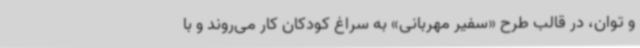
و توان، در قالب طرح «سفیر مهربانی» به سراغ کودکان کار می‌روند و با